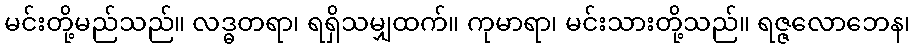
မင်းတို့မည်သည်။ လဒ္ဓတရာ၊ ရရှိသမျှထက်။ ကုမာရာ၊ မင်းသားတို့သည်။ ရဇ္ဇလောဘေန၊